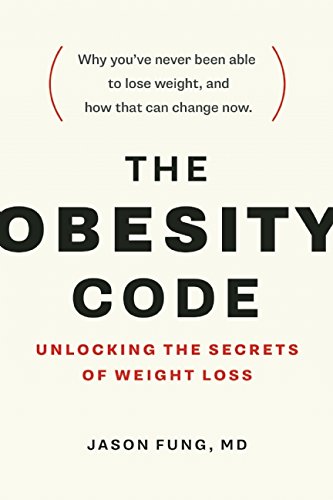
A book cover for The Obesity Code: Unlocking the Secrets of Weight Loss; Dr. Jason Fung; Health, Fitness & Dieting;